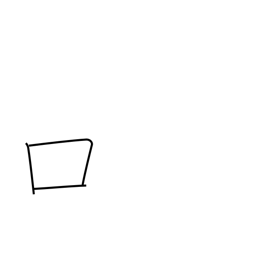
Meaning: mouth